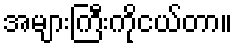
အများကြီးကိုငယ်တာ။